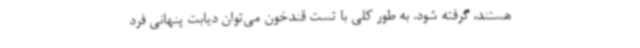
هستند، گرفته شود. به طور کلی با تست قندخون می‌توان دیابت پنهانی فرد